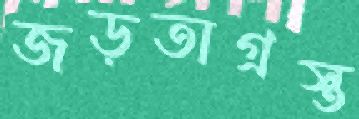
জড়তাগ্রস্ত